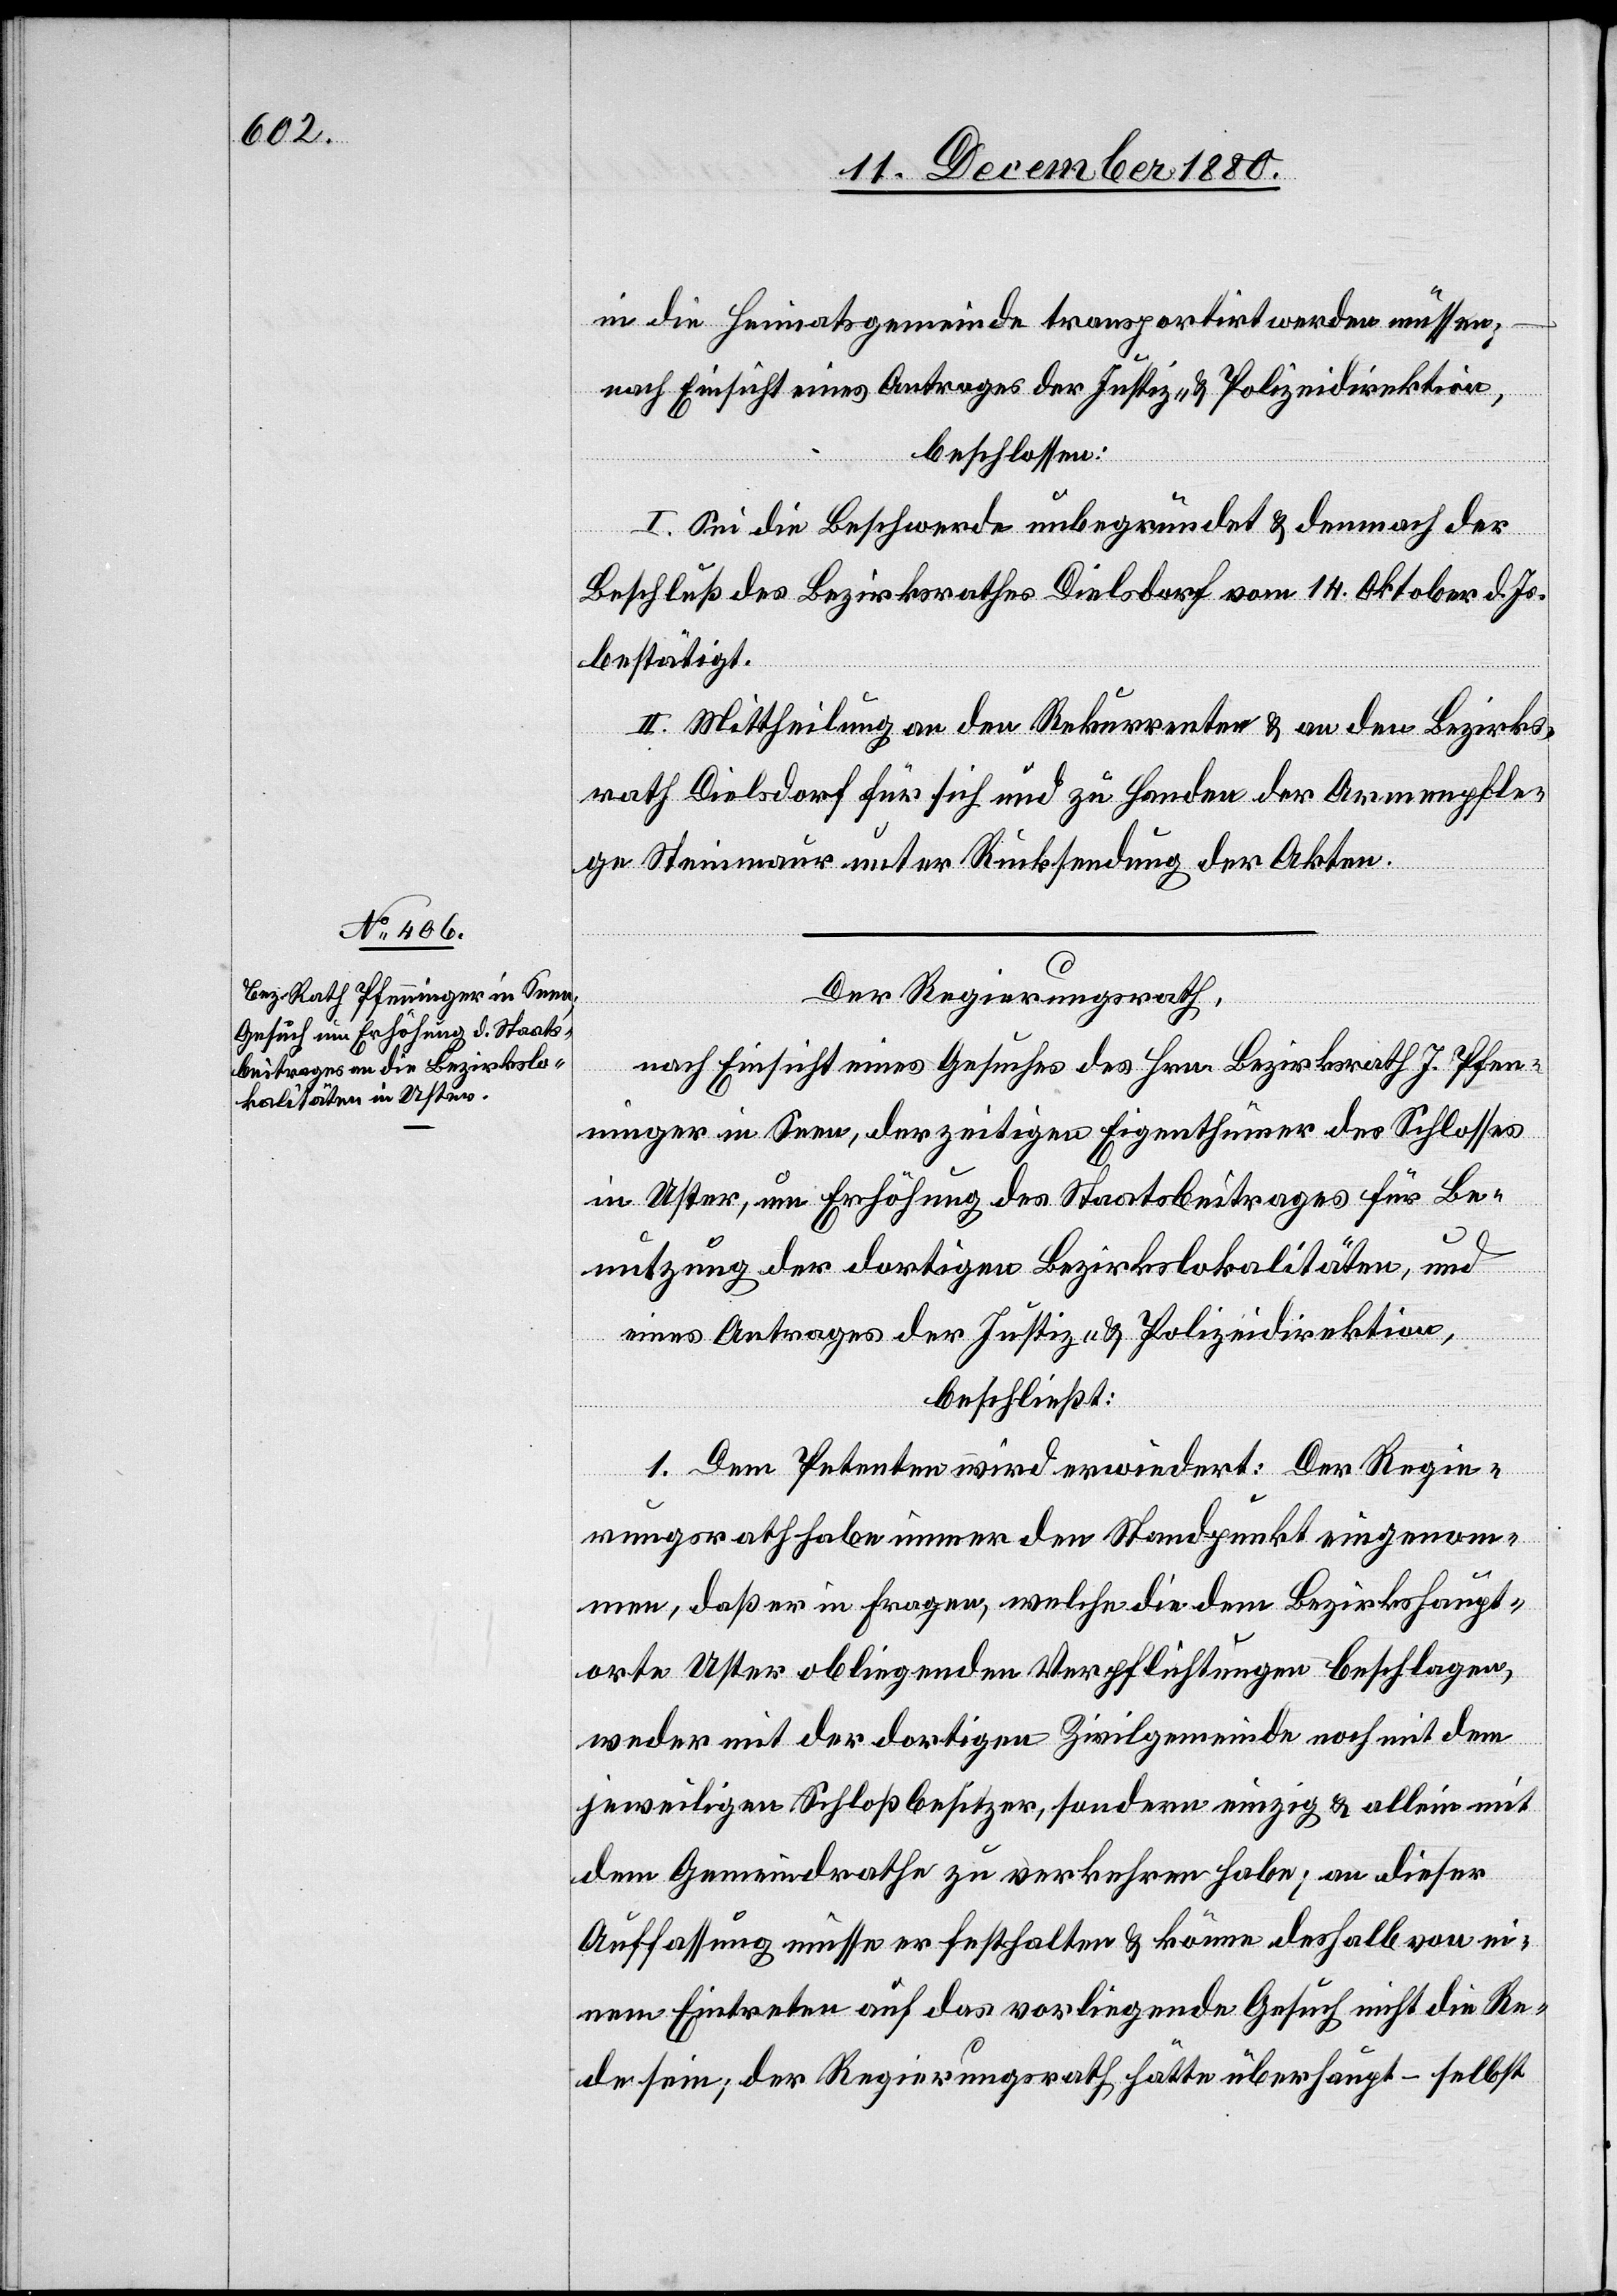
in die Heimatsgemeinde transportirt werden müssen;
nach Einsicht eines Antrages der Justiz- & Polizeidirektion,
beschlossen:
I. Sei die Beschwerde unbegründet & demnach der
Beschluß des Bezirksrathes Dielsdorf vom 14. Oktober d. Js.
bestätigt.
Be¬
II. Mittheilung an den Rekurrenten & an den Bezirks¬
rath Dielsdorf für sich und zu Handen der Armenpfle¬
ge Steinmaur unter Rücksendung der Akten.
Der Regierungsrath,
nach Einsicht eines Gesuches des Hrn. Bezirksrath J. Pfen¬
ninger in Seen, derzeitiger Eigenthümer des Schlosses
in Uster, um Erhöhung des Staatsbeitrages für die
nutzung der dortigen Bezirkslokalitäten, und
eines Antrages der Justiz- & Polizeidirektion,
beschließt:
1. Dem Petenten wird erwiedert: Der Regie¬
rungsrath habe immer den Standpunkt eingenom¬
men, daß er in Fragen, welche die dem Bezirkshaupt¬
orte Uster obliegenden Verpflichtungen beschlagen,
weder mit der dortigen Zivilgemeinde noch mit dem
jeweiligen Schloßbesitzer, sondern einzig & allein mit
dem Gemeindrathe zu verkehren habe; an dieser
Auffassung müsse er festhalten & könne deshalb von ei¬
nem Eintreten auf das vorliegende Gesuch nicht die Re¬
de sein; der Regierungsrath hätte überhaupt – selbst